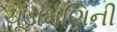
ચૂડામણિની